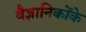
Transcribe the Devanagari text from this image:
वैज्ञानिकोंके